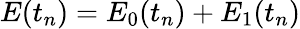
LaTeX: E(t_{n})=E_{0}(t_{n})+E_{1}(t_{n})